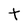
Character: t